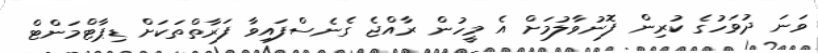
ވަނަ ދުވަހުގެ ކުރިން ފޮނުވާލުމަށް އެ މީހުން ރާއްޖެ ގެނެސްފައިވާ ފަރާތްތަކަށް ޑިޕާޓްމަންޓް